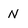
Character: N